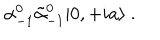
\alpha _ { - 1 } ^ { 0 } \tilde { \alpha } _ { - 1 } ^ { 0 } | 0 , + i a \rangle \ .